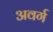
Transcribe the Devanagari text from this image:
अवर्ग